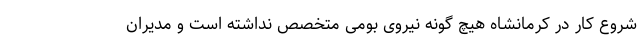
شروع کار در کرمانشاه هیچ گونه نیروی بومی متخصص نداشته است و مدیران